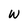
Character: W